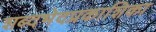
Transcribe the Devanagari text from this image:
शब्दभेदप्रकाशिका